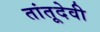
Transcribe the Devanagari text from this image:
तांतूदेवी